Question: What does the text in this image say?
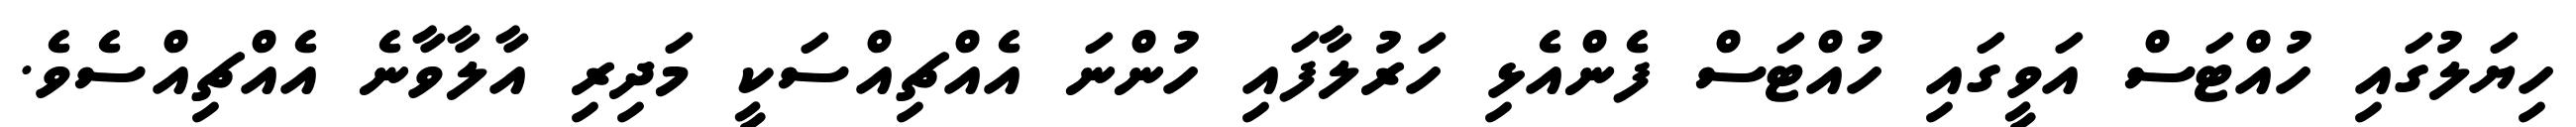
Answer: ހިޔަލުގައި ހުއްޓަސް އަވީގައި ހުއްޓަސް ފެންއެޅި ހަރުލާފައި ހުންނަ އެއްޗިއްސަކީ މަދިރި އާލާވާނެ އެއްޗިއްސެވެ.